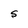
Character: S